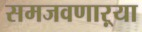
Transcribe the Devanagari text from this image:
समजवणाऱ्या